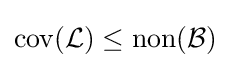
\operatorname {cov} ({\mathcal {L}})\leq \operatorname {non} ({\mathcal {B}})